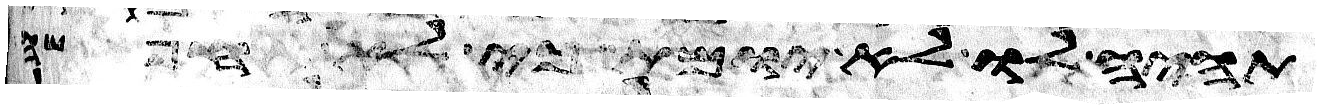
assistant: תהיה לו לא יומת כי לא חפשה